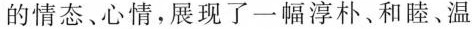
的情态、心情，展现了一幅淳朴、和睦、温